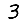
Digit: 3